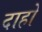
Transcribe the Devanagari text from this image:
दाहों